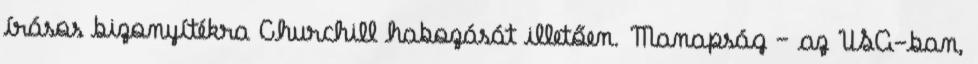
írásos bizonyítékra Churchill habozását illetően. Manapság – az USA-ban,